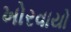
ખોરવાયો